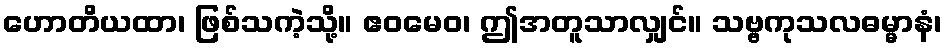
ဟောတိယထာ၊ ဖြစ်သကဲ့သို့။ ဧဝမေဝ၊ ဤအတူသာလျှင်။ သဗ္ဗကုသလဓမ္မာနံ၊